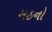
મઠનો